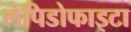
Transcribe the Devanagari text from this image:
लेपिडोफाइटा